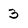
Character: 3